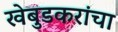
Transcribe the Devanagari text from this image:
खेबुडकरांचा